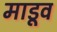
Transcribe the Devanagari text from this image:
माडूव